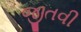
જીતવી